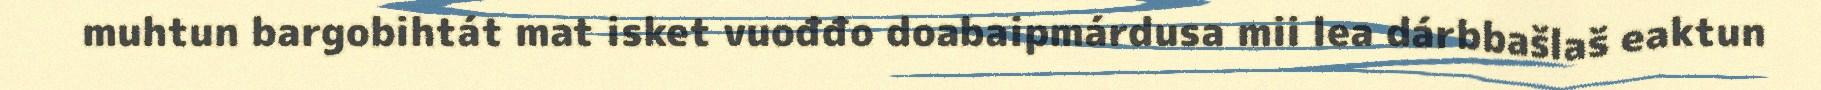
muhtun bargobihtát mat isket vuođđo doabaipmárdusa mii lea dárbbašlaš eaktun